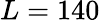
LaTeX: L=140